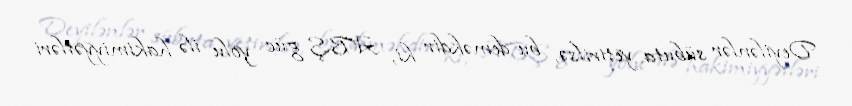
Deyilənlər sübuta yetirilsə, bu deməkdir ki, ABŞ güc yolu ilə hakimiyyətləri